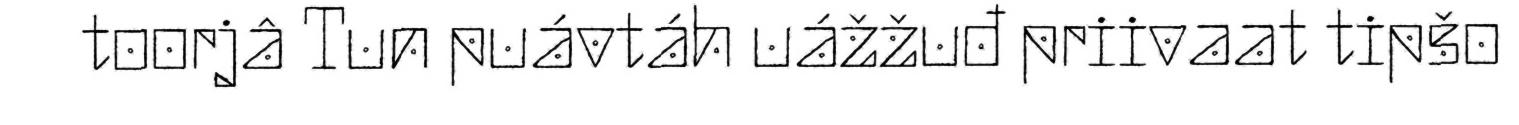
toorjâ Tun puávtáh uážžuđ priivaat tipšo